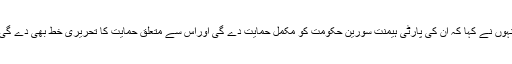
انہوں نے کہا کہ ان کی پارٹی ہیمنت سورین حکومت کو مکمل حمایت دے گی اوراس سے متعلق حمایت کا تحریری خط بھی دے گی۔